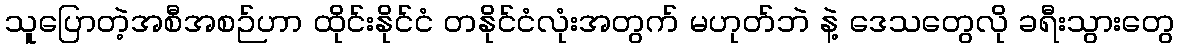
သူပြောတဲ့အစီအစဉ်ဟာ ထိုင်းနိုင်ငံ တနိုင်ငံလုံးအတွက် မဟုတ်ဘဲ နဲ့ ဒေသတွေလို ခရီးသွားတွေ